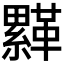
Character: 𩌺